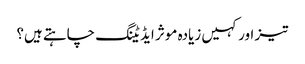
تیز اور کہیں زیادہ موثر ایڈیٹنگ چاہتے ہیں؟